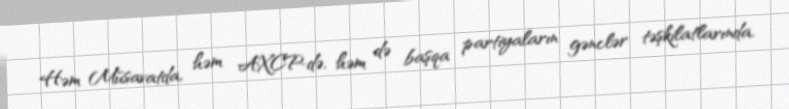
Həm Müsavatda, həm AXCP-də, həm də başqa partiyaların gənclər təşkilatlarında,